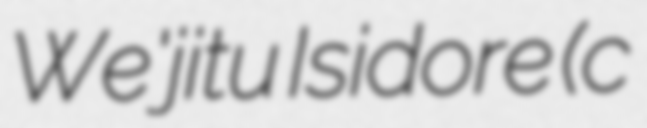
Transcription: We'jitu Isidore (c